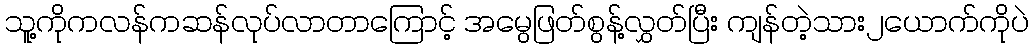
သူ့ကိုကလန်ကဆန်လုပ်လာတာကြောင့် အမွေဖြတ်စွန့်လွှတ်ပြီး ကျန်တဲ့သား၂ယောက်ကိုပဲ